Indian journal of veterinary science and animal husbandry - Volume 1,
Year: 1931
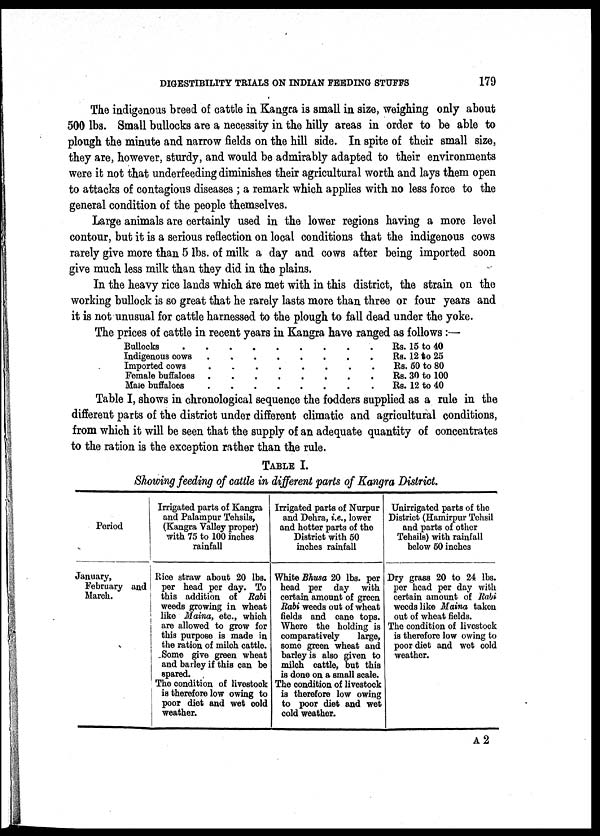
DIGESTIBILITY TRIALS ON INDIAN FEEDING STUFFS
179
The indigenous breed of cattle in Kangra is small in size, weighing only about
500 lbs. Small bullocks are a necessity in the hilly areas in order to be able to
plough the minute and narrow fields on the hill side. In spite of their small size,
they are, however, sturdy, and would be admirably adapted to their environments
were it not that underfeeding diminishes their agricultural worth and lays them open
to attacks of contagious diseases ; a remark which applies with no less force to the
general condition of the people themselves.
Large animals are certainly used in the lower regions having a more level
contour, but it is a serious reflection on local conditions that the indigenous cows
rarely give more than 5 lbs. of milk a day and cows after being imported soon
give much less milk than they did in the plains.
In the heavy rice lands which are met with in this district, the strain on the
working bullock is so great that he rarely lasts more than three or four years and
it is not unusual for cattle harnessed to the plough to fall dead under the yoke.
The prices of cattle in recent years in Kangra have ranged as follows :—
Bullocks
Indigenous cows
Imported cows
Female buffaloes
Male buffaloes
.
.
.
.
.
.
.
.
.
.
.
.
.
.
.
.
.
.
.
.
.
.
.
.
.
.
.
.
.
.
.
.
.
.
.
.
.
.
.
.
Rs. 15 to 40
Rs. 12 to 25
Rs. 50 to 80
Rs. 30 to 100
Rs. 12 to 40
Table I, shows in chronological sequence the fodders supplied as a rule in the
different parts of the district under different climatic and agricultural conditions,
from which it will be seen that the supply of an adequate quantity of concentrates
to the ration is the exception rather than the rule.
TABLE I.
Showing feeding of cattle in different parts of Kangra District.
Period
January,
February and
March.
Irrigated parts of Kangra
and Palampur Tohsils,
(Kangra Valley proper)
with 75 to 100 inches
rainfall
Rice straw about 20 lbs.
per head per day. To
this addition of Rabi
weeds growing in wheat
like Maina, etc., which
are allowed to grow for
this purpose is made in
the ration of milch cattle.
Some give green wheat
and barley if this can be
spared.
The condition of livestock
is therefore low owing to
poor diet and wet cold
weather.
Irrigated parts of Nurpur
and Dehra, i.e., lower
and hotter parts of the
District with 50
inches rainfall
White Bhusa 20 lbs. per
head per day with
certain amount of green
Rabi weeds out of wheat
fields and cane tops.
Where the holding is
comparatively
large,
some green wheat and
barley is also given to
milch cattle, but this
is done on a small scale.
The condition of livestock
is therefore low owing
to poor diet and wet
cold weather.
Unirrigated parts of the
District (Hamirpur Tehsil
and parts of other
Tehsils) with rainfall
below 50 inches
Dry grass 20 to 24 lbs.
per head per day with
certain amount of Rabi
weeds like Maina taken
out of wheat fields.
The condition of livestock
is therefore low owing to
poor diet and wet cold
weather.
A 2